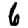
Digit: 6